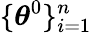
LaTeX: \lbrace\boldsymbol{\theta}^{0}\rbrace_{i=1}^{n}